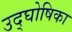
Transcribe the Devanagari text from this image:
उद्‌घोषिका